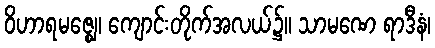
ဝိဟာရမဇ္ဈေ၊ ကျောင်းတိုက်အလယ်၌။ သာမဏေ ရာဒီနံ၊